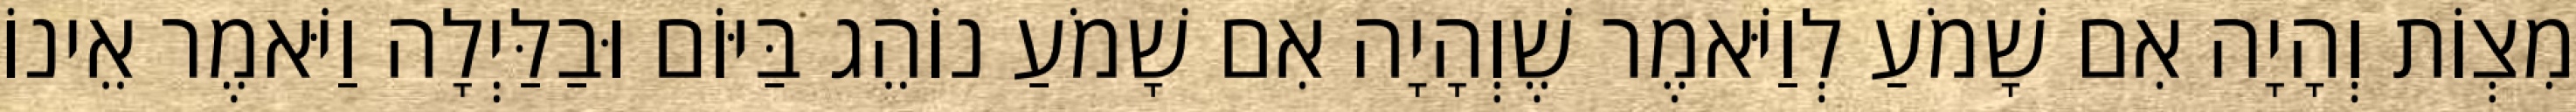
מִצְוֹת וְהָיָה אִם שָׁמֹעַ לְוַיֹּאמֶר שֶׁוְהָיָה אִם שָׁמֹעַ נוֹהֵג בַּיּוֹם וּבַלַּיְלָה וַיֹּאמֶר אֵינוֹ